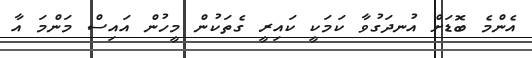
އެންމެ ބޮޑަށް އުނދަގުވާ ކަމަކީ ކައިރީ ގެތަކުން މީހުން އައިސް މަންމަ އާ